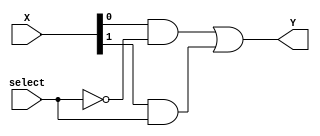
/* 2:1 Multiplexer module */
module mux_2_1(Y, X, select);

	// I/O Port Declarations
	output Y;
	input[1:0] X;
	input select;

	// NOT of select line
	wire n_select;

	not not_0(n_select, select);

	// AND gates
	wire d0, d1;

	and and_0(d0, X[0], n_select);
	and and_1(d1, X[1], select);

	or or_0(Y, d0, d1);

endmodule

/* 4:1 Multiplexer module */
module mux_4_1(Y, X, select);

	// I/O Port Declarations
	output Y;
	input[3:0] X;
	input[1:0] select;

	// Get NOT of select lines
	wire[1:0] n_select;

	not not_0(n_select[0], select[0]);
	not not_1(n_select[1], select[1]);

	// AND gates
	wire d0, d1, d2, d3;
	
	and and_0(d0, X[0], n_select[1], n_select[0]);
	and and_1(d1, X[1], n_select[1], select[0]);
	and and_2(d2, X[2], select[1], n_select[0]);
	and and_3(d3, X[3], select[1], select[0]);

	or or_0(Y, d0, d1, d2, d3);

endmodule

/* 8:1 multiplexer module */
module mux_8_1(Y, X, select);

	// I/O Port Declarations
	output Y;
	input[7:0] X;
	input[2:0] select;

	// Two 4:1 Mux
	wire[1:0] d;

	mux_4_1 mux41_0(d[1], X[7:4], select[1:0]);
	mux_4_1 mux41_1(d[0], X[3:0], select[1:0]);

	// Last layer of 2:1 Mux
	mux_2_1 mux21_0(Y, d, select[2]);

endmodule

/* 16:1 multiplexer module*/
module mux_16_1(Y,X, select);

	// I/O Port Declarations
	output Y;
	input[15:0] X;
	input[3:0] select;

	// Two 8:1 Mux
	wire[1:0] d;

	mux_8_1 mux81_0(d[1], X[15:8], select[2:0]);
	mux_8_1 mux81_1(d[0], X[7:0], select[2:0]);

	// Last layer of 2:1 Mux
	mux_2_1 mux21_0(Y, d, select[3]);

endmodule

/* 32:1 multiplexer module*/
module mux_32_1(Y,X, select);

	// I/O Port Declarations
	output Y;
	input[31:0] X;
	input[4:0] select;

	// Two 16:1 Mux
	wire[1:0] d;

	mux_16_1 mux16_0(d[1], X[31:16], select[3:0]);
	mux_16_1 mux16_1(d[0], X[15:0], select[3:0]);

	// Last layer of 2:1 Mux
	mux_2_1 mux21_0(Y, d, select[4]);

endmodule

/* 64:1 multiplexer module*/
module mux_64_1(Y,X, select);

	// I/O Port Declarations
	output Y;
	input[63:0] X;
	input[5:0] select;

	// Two 32:1 Mux
	wire[1:0] d;

	mux_32_1 mux32_0(d[1], X[63:32], select[4:0]);
	mux_32_1 mux32_1(d[0], X[31:0], select[4:0]);

	// Last layer of 2:1 Mux
	mux_2_1 mux21_0(Y, d, select[5]);

endmodule